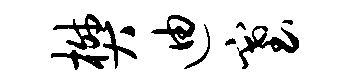
樊迪塞